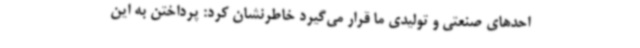
احدهای صنعتی و تولیدی ما قرار می‌گیرد خاطرنشان کرد: پرداختن به این